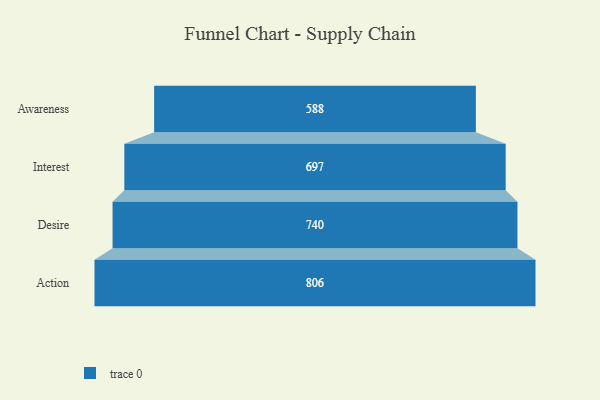
{"axis": {"x": "Stage", "y": "Value"}, "legend": [""], "data": [{"x": "Awareness", "y": 588.0, "type": ""}, {"x": "Interest", "y": 697.0, "type": ""}, {"x": "Desire", "y": 740.0, "type": ""}, {"x": "Action", "y": 806.0, "type": ""}]}